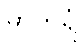
မာတရံ